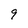
Character: 9